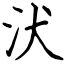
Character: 汱